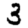
Digit: 3